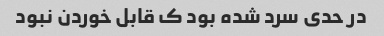
در حدی سرد شده بود ک قابل خوردن نبود